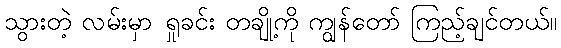
သွားတဲ့ လမ်းမှာ ရှုခင်း တချို့ကို ကျွန်တော် ကြည့်ချင်တယ်။